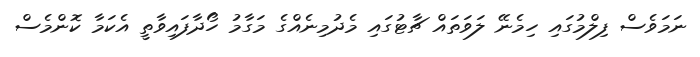
ނަމަވެސް ފިލްމުގައި ހިމެނޭ ލަވަތައް ޗާޓުގައި މެދުމިނެއްގެ މަގާމު ހޯދާފައިވާތީ އެކަމާ ކޮންމެސް